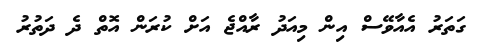
ގަތަރު އެއާވޭސް އިން މިއަދު ރާއްޖެ އަށް ކުރަން އޮތް ދެ ދަތުރު